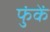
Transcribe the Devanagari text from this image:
फुंकें